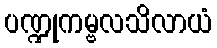
ပဏ္ဍုကမ္ဗလသိလာယံ